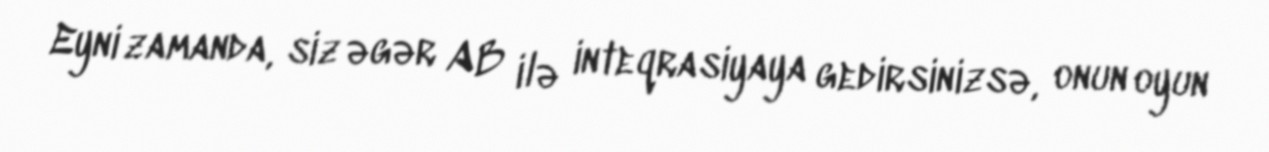
Eyni zamanda, siz əgər AB ilə inteqrasiyaya gedirsinizsə, onun oyun